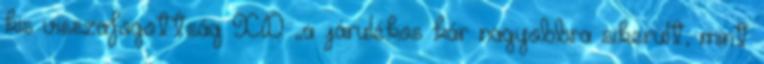
kis visszafogottság XD „a járulékos kár nagyobbra sikerült, mint